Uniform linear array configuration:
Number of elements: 48
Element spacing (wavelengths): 0.25
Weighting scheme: hann
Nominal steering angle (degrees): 45
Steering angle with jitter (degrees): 45.494
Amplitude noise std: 0.05
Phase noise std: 0.05

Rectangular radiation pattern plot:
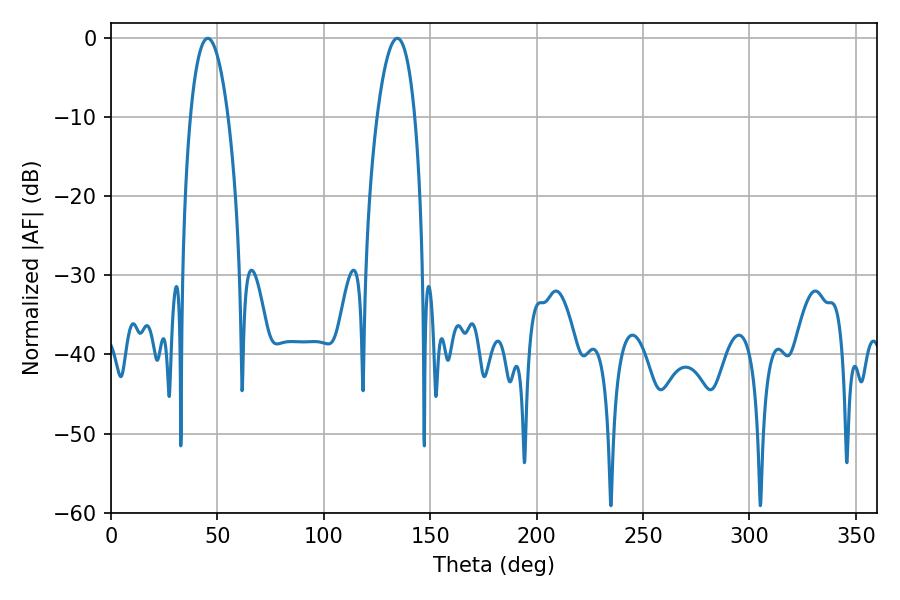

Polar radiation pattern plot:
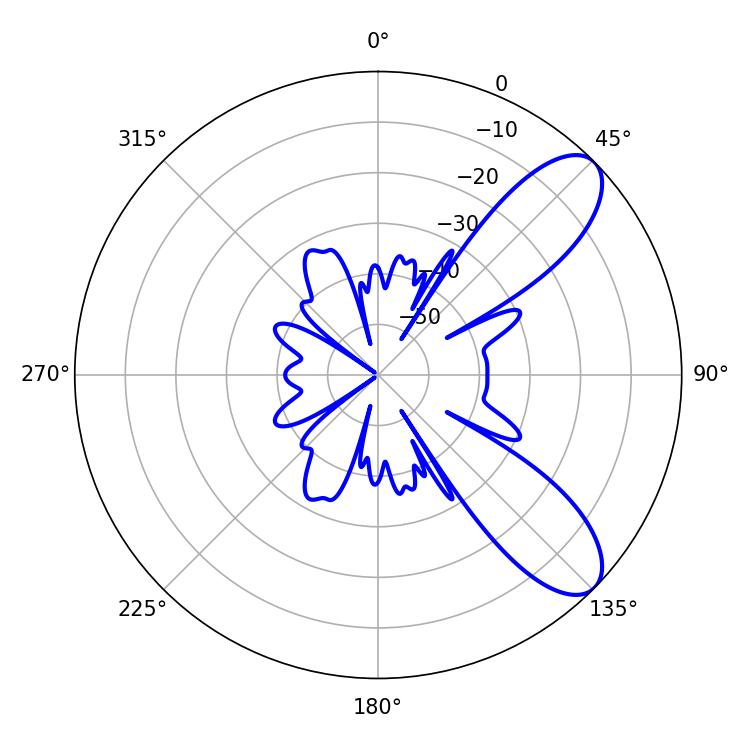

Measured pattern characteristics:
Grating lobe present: FALSE
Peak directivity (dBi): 8.809
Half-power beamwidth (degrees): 9.9
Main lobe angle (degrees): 45.54